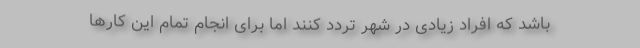
باشد که افراد زیادی در شهر تردد کنند اما برای انجام تمام این کارها